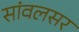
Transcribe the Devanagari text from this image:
सांवलसर